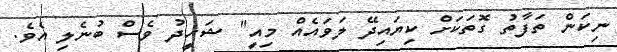
ނިކަން ތަފާތު ގޮތަކަށް ކިޔައިދޭ ލަވައެއް މިއީ" ޝަހީދު ވެސް ބުނެލި އެވެ.